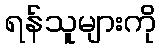
ရန်သူများကို